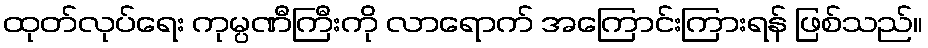
ထုတ်လုပ်ရေး ကုမ္ပဏီကြီးကို လာရောက် အကြောင်းကြားရန် ဖြစ်သည်။